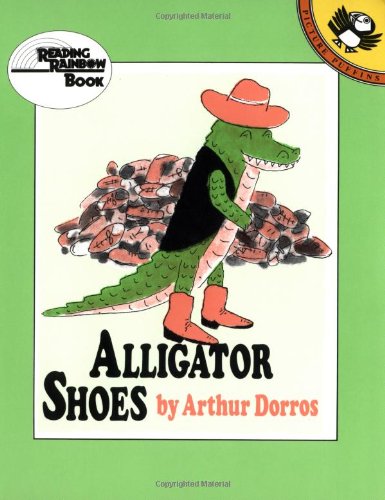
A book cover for Alligator Shoes (Picture Puffin S); Arthur Dorros; Children's Books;